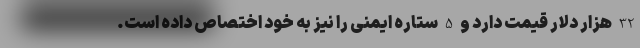
32 هزار دلار قیمت دارد و 5 ستاره ایمنی را نیز به خود اختصاص داده است.